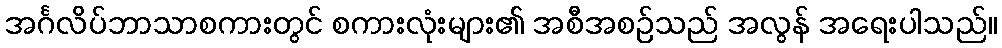
အင်္ဂလိပ်ဘာသာစကားတွင် စကားလုံးများ၏ အစီအစဉ်သည် အလွန် အရေးပါသည်။